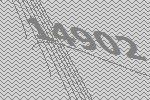
14902